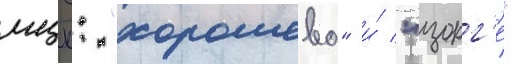
мцк: "хорошево" и́ "зорг'е"